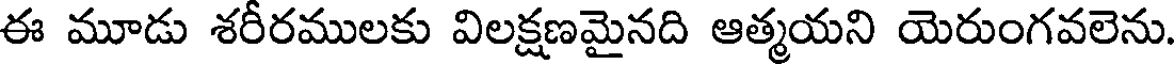
ఈ మూడు శరీరములకు విలక్షణమైనది ఆత్మయని యెరుంగవలెను.